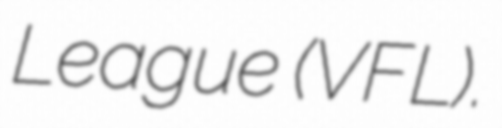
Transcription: League (VFL).